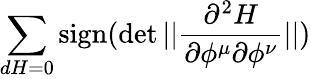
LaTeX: \sum_{dH=0}\mathrm{sign}(\operatorname*{det}||{\frac{\partial^{2}H}{\partial\phi^{\mu}\partial\phi^{\nu}}}||)